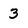
Character: 3